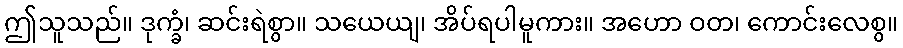
ဤသူသည်။ ဒုက္ခံ၊ ဆင်းရဲစွာ။ သယေယျ၊ အိပ်ရပါမူကား။ အဟော ဝတ၊ ကောင်းလေစွ။